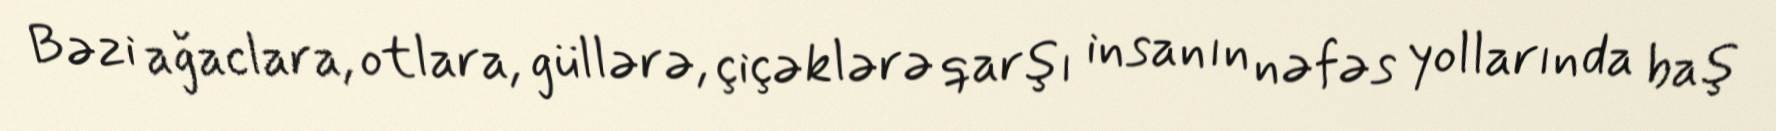
Bəzi ağaclara, otlara, güllərə, çiçəklərə qarşı insanın nəfəs yollarında baş